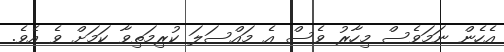
އެހެން ނަމަވެސް މިހާރު ވެސް އެ މައްސަލަ ކުރިމަތިވާ ކަމަށް ވެ އެވެ.